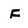
Character: f